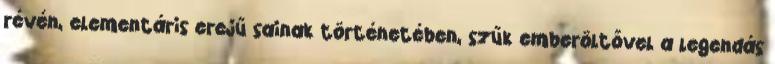
révén, elementáris erejű sainak történetében, szűk emberöltővel a legendás